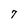
Character: 7